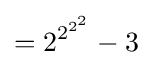
={2^{2^{2^{2}}}}-3